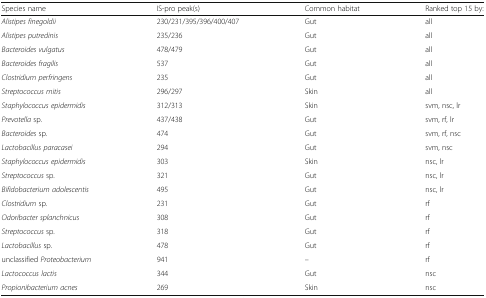
<table><thead><tr><td><b>Species name</b></td><td><b>IS-pro peak(s)</b></td><td><b>Common habitat</b></td><td><b>Ranked top 15 by:</b></td></tr></thead><tbody><tr><td><i>Alistipes finegoldii</i></td><td>230/231/395/396/400/407</td><td>Gut</td><td>all</td></tr><tr><td><i>Alistipes putredinis</i></td><td>235/236</td><td>Gut</td><td>all</td></tr><tr><td><i>Bacteroides vulgatus</i></td><td>478/479</td><td>Gut</td><td>all</td></tr><tr><td><i>Bacteroides fragilis</i></td><td>537</td><td>Gut</td><td>all</td></tr><tr><td><i>Clostridium perfringens</i></td><td>235</td><td>Gut</td><td>all</td></tr><tr><td><i>Streptococcus mitis</i></td><td>296/297</td><td>Skin</td><td>all</td></tr><tr><td><i>Staphylococcus epidermidis</i></td><td>312/313</td><td>Skin</td><td>svm, nsc, lr</td></tr><tr><td><i>Prevotella</i> sp.</td><td>437/438</td><td>Gut</td><td>svm, rf, lr</td></tr><tr><td><i>Bacteroides</i> sp.</td><td>474</td><td>Gut</td><td>svm, rf, nsc</td></tr><tr><td><i>Lactobacillus paracasei</i></td><td>294</td><td>Gut</td><td>svm, nsc</td></tr><tr><td><i>Staphylococcus epidermidis</i></td><td>303</td><td>Skin</td><td>nsc, lr</td></tr><tr><td><i>Streptococcus</i> sp.</td><td>321</td><td>Gut</td><td>nsc, lr</td></tr><tr><td><i>Bifidobacterium adolescentis</i></td><td>495</td><td>Gut</td><td>nsc, lr</td></tr><tr><td><i>Clostridium</i> sp.</td><td>231</td><td>Gut</td><td>rf</td></tr><tr><td><i>Odoribacter splanchnicus</i></td><td>308</td><td>Gut</td><td>rf</td></tr><tr><td><i>Streptococcus</i> sp.</td><td>318</td><td>Gut</td><td>rf</td></tr><tr><td><i>Lactobacillus</i> sp.</td><td>478</td><td>Gut</td><td>rf</td></tr><tr><td>unclassified <i>Proteobacterium</i></td><td>941</td><td>–</td><td>rf</td></tr><tr><td><i>Lactococcus lactis</i></td><td>344</td><td>Gut</td><td>nsc</td></tr><tr><td><i>Propionibacterium acnes</i></td><td>269</td><td>Skin</td><td>nsc</td></tr></tbody></table>